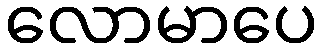
လောမာပေ